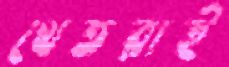
থেতরাই